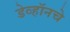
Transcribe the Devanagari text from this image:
डेव्हॉनचे